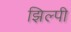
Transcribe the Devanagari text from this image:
झिल्पी